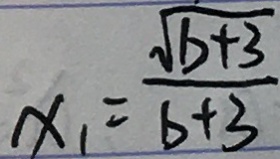
x _ { 1 } = \frac { \sqrt { b + 3 } } { b + 3 }